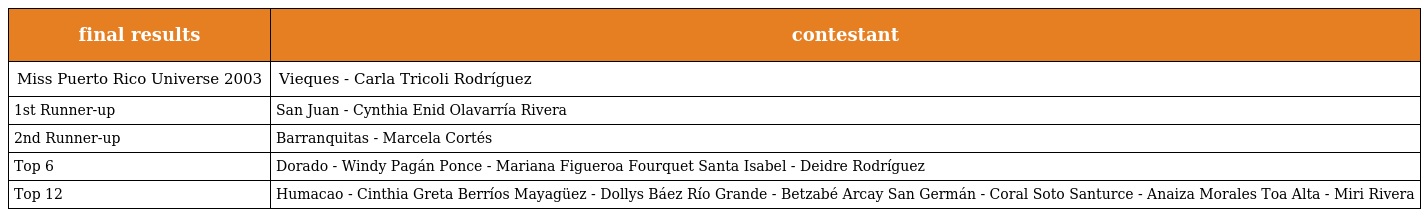
| final results | contestant |
 | --- | --- |
 | Miss Puerto Rico Universe 2003 | Vieques - Carla Tricoli Rodríguez |
 | 1st Runner-up | San Juan - Cynthia Enid Olavarría Rivera |
 | 2nd Runner-up | Barranquitas - Marcela Cortés |
 | Top 6 | Dorado - Windy Pagán Ponce - Mariana Figueroa Fourquet Santa Isabel - Deidre Rodríguez |
 | Top 12 | Humacao - Cinthia Greta Berríos Mayagüez - Dollys Báez Río Grande - Betzabé Arcay San Germán - Coral Soto Santurce - Anaiza Morales Toa Alta - Miri Rivera |